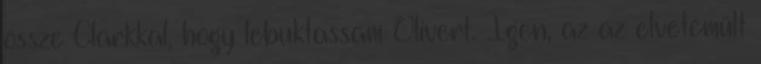
össze Clarkkal, hogy lebuktassam Olivert. Igen, az az elvetemült